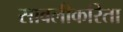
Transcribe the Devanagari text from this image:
सावलीकरिता